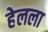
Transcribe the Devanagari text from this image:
हेलला